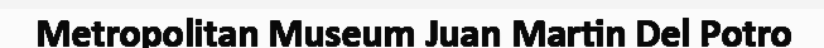
Metropolitan Museum Juan Martin Del Potro